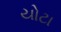
યોટા